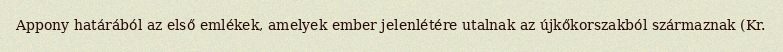
Appony határából az első emlékek, amelyek ember jelenlétére utalnak az újkőkorszakból származnak (Kr.